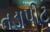
તડાપીટ